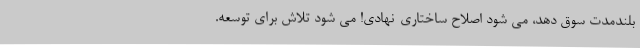
بلندمدت سوق دهد، می شود اصلاح ساختاری-نهادی! می شود تلاش برای توسعه.